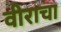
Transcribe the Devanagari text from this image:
वीराचा